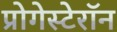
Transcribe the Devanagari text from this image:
प्रोगेस्टेरॉन